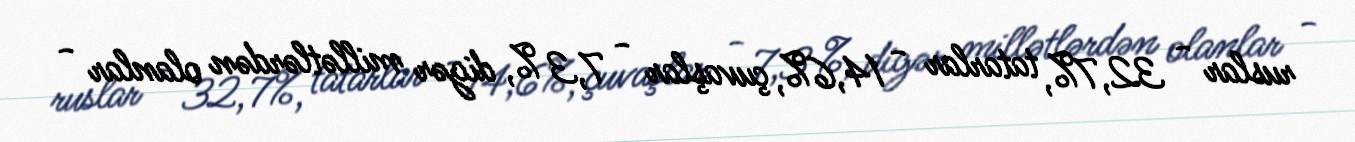
ruslar - 32,7%, tatarlar - 14,6%, çuvaşlar - 7,3 %, digər millətlərdən olanlar -